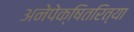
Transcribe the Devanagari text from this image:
अनेपेक्षितरित्या